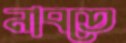
নাবতে